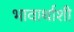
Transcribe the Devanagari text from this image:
भावार्थाशी